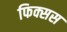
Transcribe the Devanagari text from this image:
फिक्सस